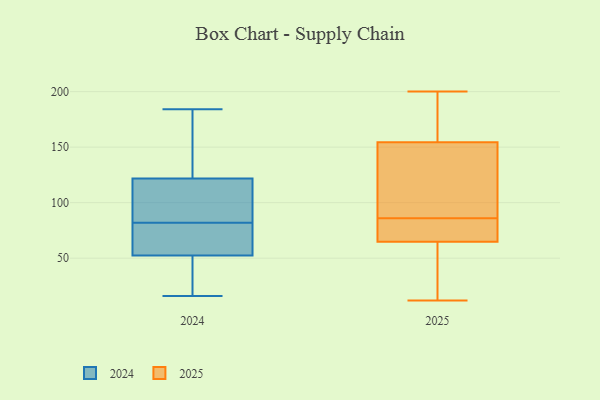
{"axis": {"x": "Headcount", "y": "Value"}, "legend": ["2024", "2025"], "data": [{"x": "", "y": 67, "type": "2025"}, {"x": "", "y": 172, "type": "2025"}, {"x": "", "y": 52, "type": "2025"}, {"x": "", "y": 113, "type": "2025"}, {"x": "", "y": 86, "type": "2025"}, {"x": "", "y": 63, "type": "2025"}, {"x": "", "y": 76, "type": "2025"}, {"x": "", "y": 64, "type": "2025"}, {"x": "", "y": 69, "type": "2025"}, {"x": "", "y": 155, "type": "2025"}, {"x": "", "y": 160, "type": "2025"}, {"x": "", "y": 86, "type": "2025"}, {"x": "", "y": 200, "type": "2025"}, {"x": "", "y": 153, "type": "2025"}, {"x": "", "y": 12, "type": "2025"}, {"x": "", "y": 57, "type": "2024"}, {"x": "", "y": 177, "type": "2024"}, {"x": "", "y": 184, "type": "2024"}, {"x": "", "y": 82, "type": "2024"}, {"x": "", "y": 51, "type": "2024"}, {"x": "", "y": 109, "type": "2024"}, {"x": "", "y": 30, "type": "2024"}, {"x": "", "y": 50, "type": "2024"}, {"x": "", "y": 175, "type": "2024"}, {"x": "", "y": 82, "type": "2024"}, {"x": "", "y": 77, "type": "2024"}, {"x": "", "y": 96, "type": "2024"}, {"x": "", "y": 126, "type": "2024"}, {"x": "", "y": 16, "type": "2024"}, {"x": "", "y": 89, "type": "2024"}]}